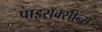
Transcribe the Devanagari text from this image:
पाइरॉक्सीन्स